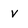
Character: v